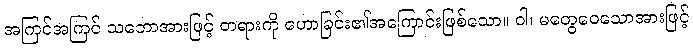
အကြင်အကြင် သဘောအားဖြင့် တရားကို ဟောခြင်း၏အကြောင်းဖြစ်သော။ ဝါ၊ မတွေဝေသောအားဖြင့်